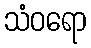
သံဝရော